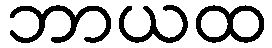
ဘာယထ